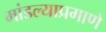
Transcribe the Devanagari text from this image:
मांडल्याप्रमाणे